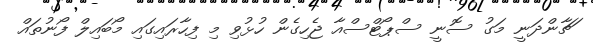
ަޗާންދަނީ މަގު ސޮނީ ސްޕޯޓްސްއާ ޖެހިގެން ހުޅުވި މި ފިހާރައިގައި މޯބައިލް ފޯނުތައް